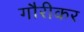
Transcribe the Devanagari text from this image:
गौरीकर